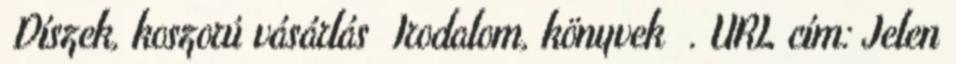
Díszek, koszorú vásárlás Irodalom, könyvek . URL cím: Jelen